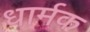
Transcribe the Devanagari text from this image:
धार्मक